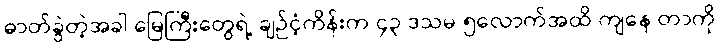
ဓာတ်ခွဲတဲ့အခါ မြေကြီးတွေရဲ့ ချဉ်ငံ့ကိန်းက ၄၃ ဒသမ ၅လောက်အထိ ကျနေ တာကို